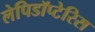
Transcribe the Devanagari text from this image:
लेपिडॉप्टेरिस